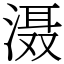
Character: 滠